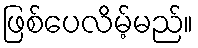
ဖြစ်ပေလိမ့်မည်။